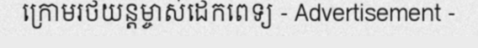
ក្រោមរថយន្តម្ចាស់ដេកពេទ្យ - Advertisement -